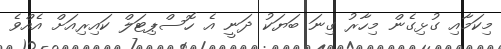
މިކަމާއި ގުޅިގެން މިހާރު ގިނަ ބަޔަކު ދަނީ އެ ހޮސްޕިޓަލް ކައިރިއަށް އެއްވެ